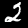
Digit: 2